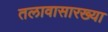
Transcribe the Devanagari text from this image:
तलावासारख्या